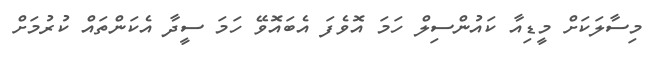
މިސާލަކަށް މީޑިއާ ކައުންސިލް ހަމަ އޮވެފަ އެބައޮވޭ ހަމަ ސީދާ އެކަންތައް ކުރުމަށް